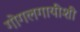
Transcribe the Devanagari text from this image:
गोगलगायींशी